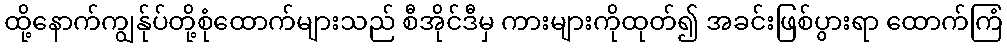
ထို့နောက်ကျွန်ုပ်တို့စုံထောက်များသည် စီအိုင်ဒီမှ ကားများကိုထုတ်၍ အခင်းဖြစ်ပွားရာ ထောက်ကြံ